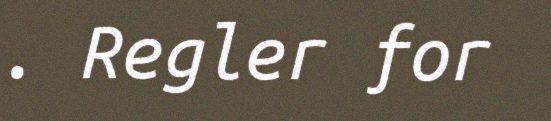
. Regler for